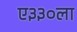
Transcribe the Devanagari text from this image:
ए३३०ला